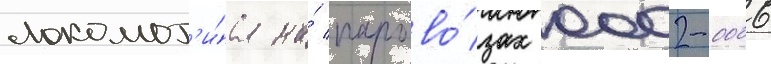
локомот'и́ва на́ парово́зах 0002-0006